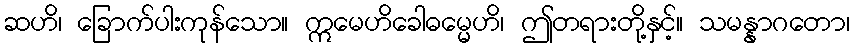
ဆဟိ၊ ခြောက်ပါးကုန်သော။ ဣမေဟိခေါဓမ္မေဟိ၊ ဤတရားတို့နှင့်။ သမန္နာဂတော၊